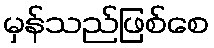
မှန်သည်ဖြစ်စေ